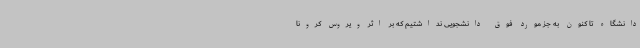
دانشگاه تا کنون به جز مورد فوق دانشجویی نداشتیم که بر اثر ویروس کرونا